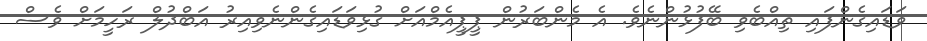
ވަޑައިގެންފައި ތިއްބެވި ބޭފުޅުންނެވެ. އެ މެންބަރުން ޕީޕީއެމްއަށް ގުޅިވަޑައިގެންނެވިއިރު އަބްދުލް ރަހީމަށް ވެސް